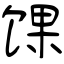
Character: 馃